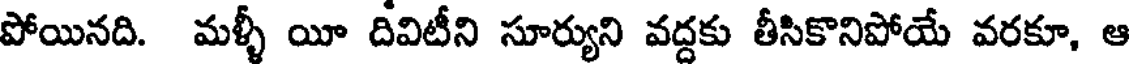
పోయినది. మళ్ళీ యీ దివిటీని సూర్యుని వద్దకు తీసికొనిపోయే వరకూ, ఆ